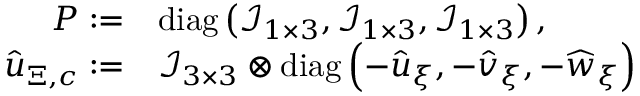
\begin{array} { r l } { \boldsymbol { P } : = } & { \mathrm { d i a g } \left( \mathcal { I } _ { 1 \times 3 } , \mathcal { I } _ { 1 \times 3 } , \mathcal { I } _ { 1 \times 3 } \right) , } \\ { \boldsymbol { \widehat { u } } _ { \Xi , c } : = } & { \mathcal { I } _ { 3 \times 3 } \otimes \mathrm { d i a g } \left( - \widehat { u } _ { \xi } , - \widehat { v } _ { \xi } , - \widehat { w } _ { \xi } \right) ， } \end{array}